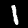
Digit: 1